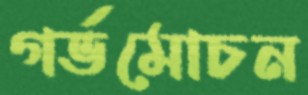
গর্ভমোচন